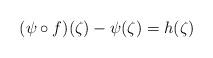
LaTeX: \begin{align*}(\psi\circ f)(\zeta )-\psi(\zeta )= h(\zeta ) \end{align*}